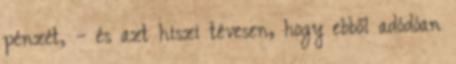
pénzét, – és azt hiszi tévesen, hogy ebből adódóan